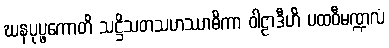
ဃနပုပ္ဖကောတိ သဋ္ဌိသတသဟဿာဓိကာ ဝါဠာဒီဟိ ပထဝီမဏ္ဍလံ